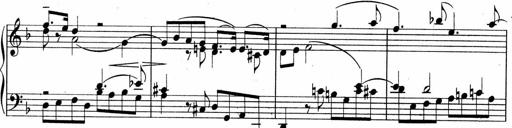
Title: Sonatina No.5
Composer: Otto Stoll
Key: F-sharp minor